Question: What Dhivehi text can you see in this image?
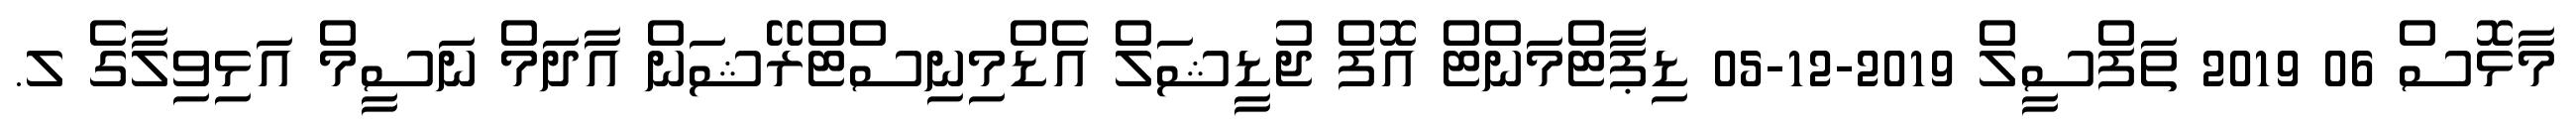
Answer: މާޅޮސް 06 2019 ތަފްސީލް 2019-12-05 ޑިޕާޓްމަންޓް އޮފް ޖުޑީޝަލް އެޑްމިނިސްޓްރޭޝަން އާދަމް ނަސީމް އަޅިވިލާގެ ލ.